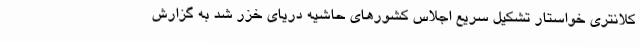
کلانتری خواستار تشکیل سریع اجلاس کشورهای حاشیه دریای خزر شد به گزارش